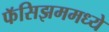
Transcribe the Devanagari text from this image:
फॅसिझममध्ये